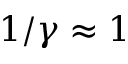
1 / \gamma \approx 1